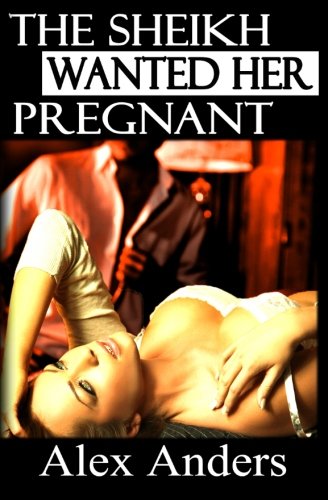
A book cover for The Sheikh Wanted Her Pregnant: (BDSM, Interracial, Alpha Male Dominant, Female Submissive Erotica) (Volume 1); Alex Anders; Romance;